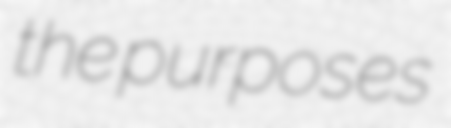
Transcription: the purposes